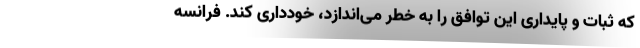
که ثبات و پایداری این توافق را به خطر می‌اندازد، خودداری کند. فرانسه